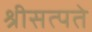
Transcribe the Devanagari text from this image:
श्रीसत्पते